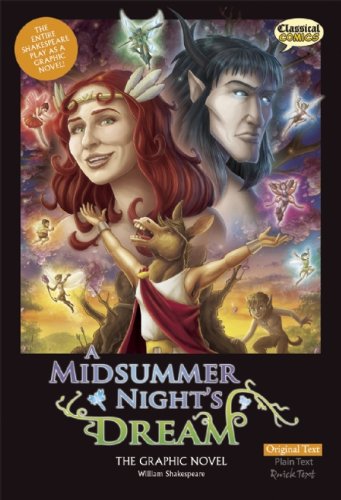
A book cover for A Midsummer Night's Dream The Graphic Novel: Original Text (Shakespeare Range); William Shakespeare; Literature & Fiction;